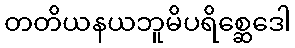
တတိယနယဘူမိပရိစ္ဆေဒေါ